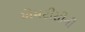
એમટીસીની